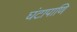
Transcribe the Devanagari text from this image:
घंटापाणि